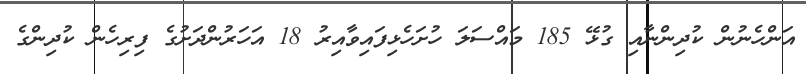
އަންހެނުން ކުދިންނާއި ގުޅޭ 185 މައްސަލަ ހުށަހެޅިފައިވާއިރު 18 އަހަރުންދަށުގެ ފިރިހެން ކުދިންގެ